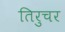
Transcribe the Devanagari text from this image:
तिरुचर